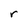
Character: r